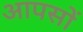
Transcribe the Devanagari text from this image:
आपसों